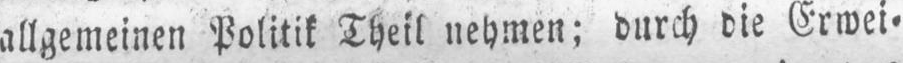
allgemeinen Politik Theil nehmen: durch die Erwei⸗